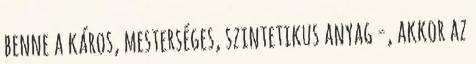
benne a káros, mesterséges, szintetikus anyag -, akkor az